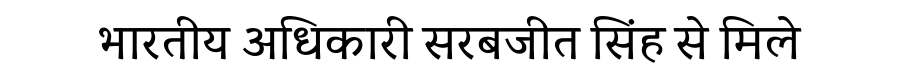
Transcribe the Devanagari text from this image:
भारतीय अधिकारी सरबजीत सिंह से मिले